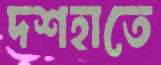
দশহাতে